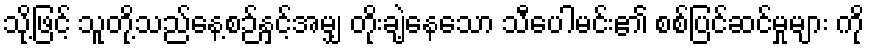
သို့ဖြင့် သူတို့သည်နေ့စဉ်နှင့်အမျှ တိုးချဲ့နေသော သီပေါမင်း၏ စစ်ပြင်ဆင်မှုများ ကို